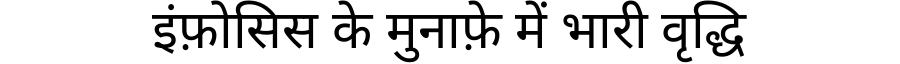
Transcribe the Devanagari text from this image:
इंफ़ोसिस के मुनाफ़े में भारी वृद्धि